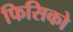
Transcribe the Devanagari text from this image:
फिसिको